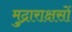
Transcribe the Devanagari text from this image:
मुद्राराक्षसों